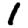
Digit: 1